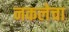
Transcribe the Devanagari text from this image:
नकलेचा